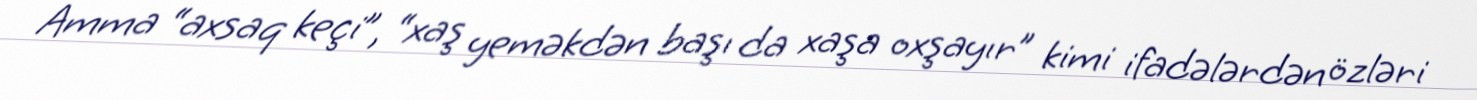
Amma “axsaq keçi”, “xaş yeməkdən başı da xaşa oxşayır” kimi ifadələrdən özləri